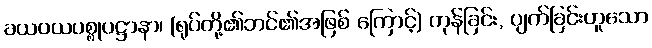
ခယဝယပစ္စုပဋ္ဌာနာ၊ (ရုပ်တို့၏ဘင်၏အဖြစ် ကြောင့်) ကုန်ခြင်း, ပျက်ခြင်းဟူသော